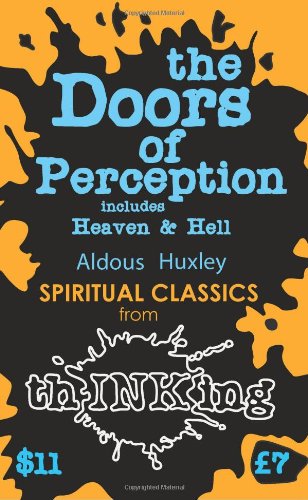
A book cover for The Doors of Perception: Heaven and Hell (Thinking Classics); Aldous Huxley; Politics & Social Sciences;